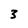
Character: 3